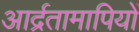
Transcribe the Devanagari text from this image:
आर्द्रतामापियों